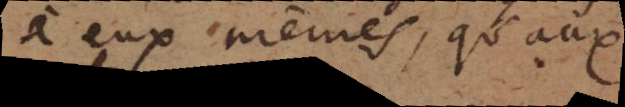
à eux mêmes, qu’aux